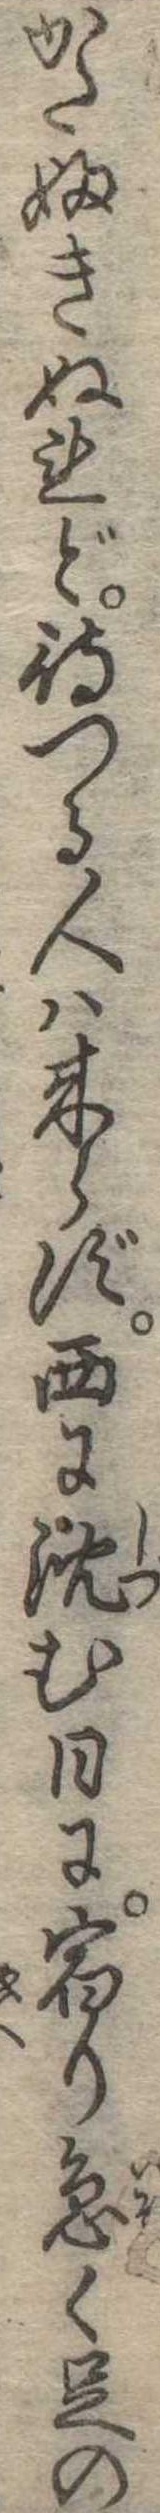
かたふきぬれど待つる人ハ来らず西に沈む日に宿り急く足の